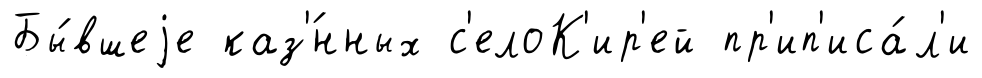
Бы́вшеjе каз'́нных с'елоК'ир'ей пр'ип'иса́л'и